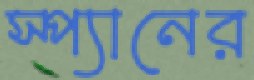
স্প্যানের